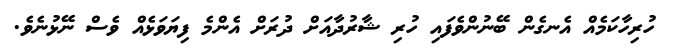
ހުރިހާކަމެއް އެނގެން ބޭނުންވެފައި ހުރި ޝާރުދާއަށް ދުރަށް އެންމެ ފިޔަވަޅެއް ވެސް ނޭޅުނެވެ.